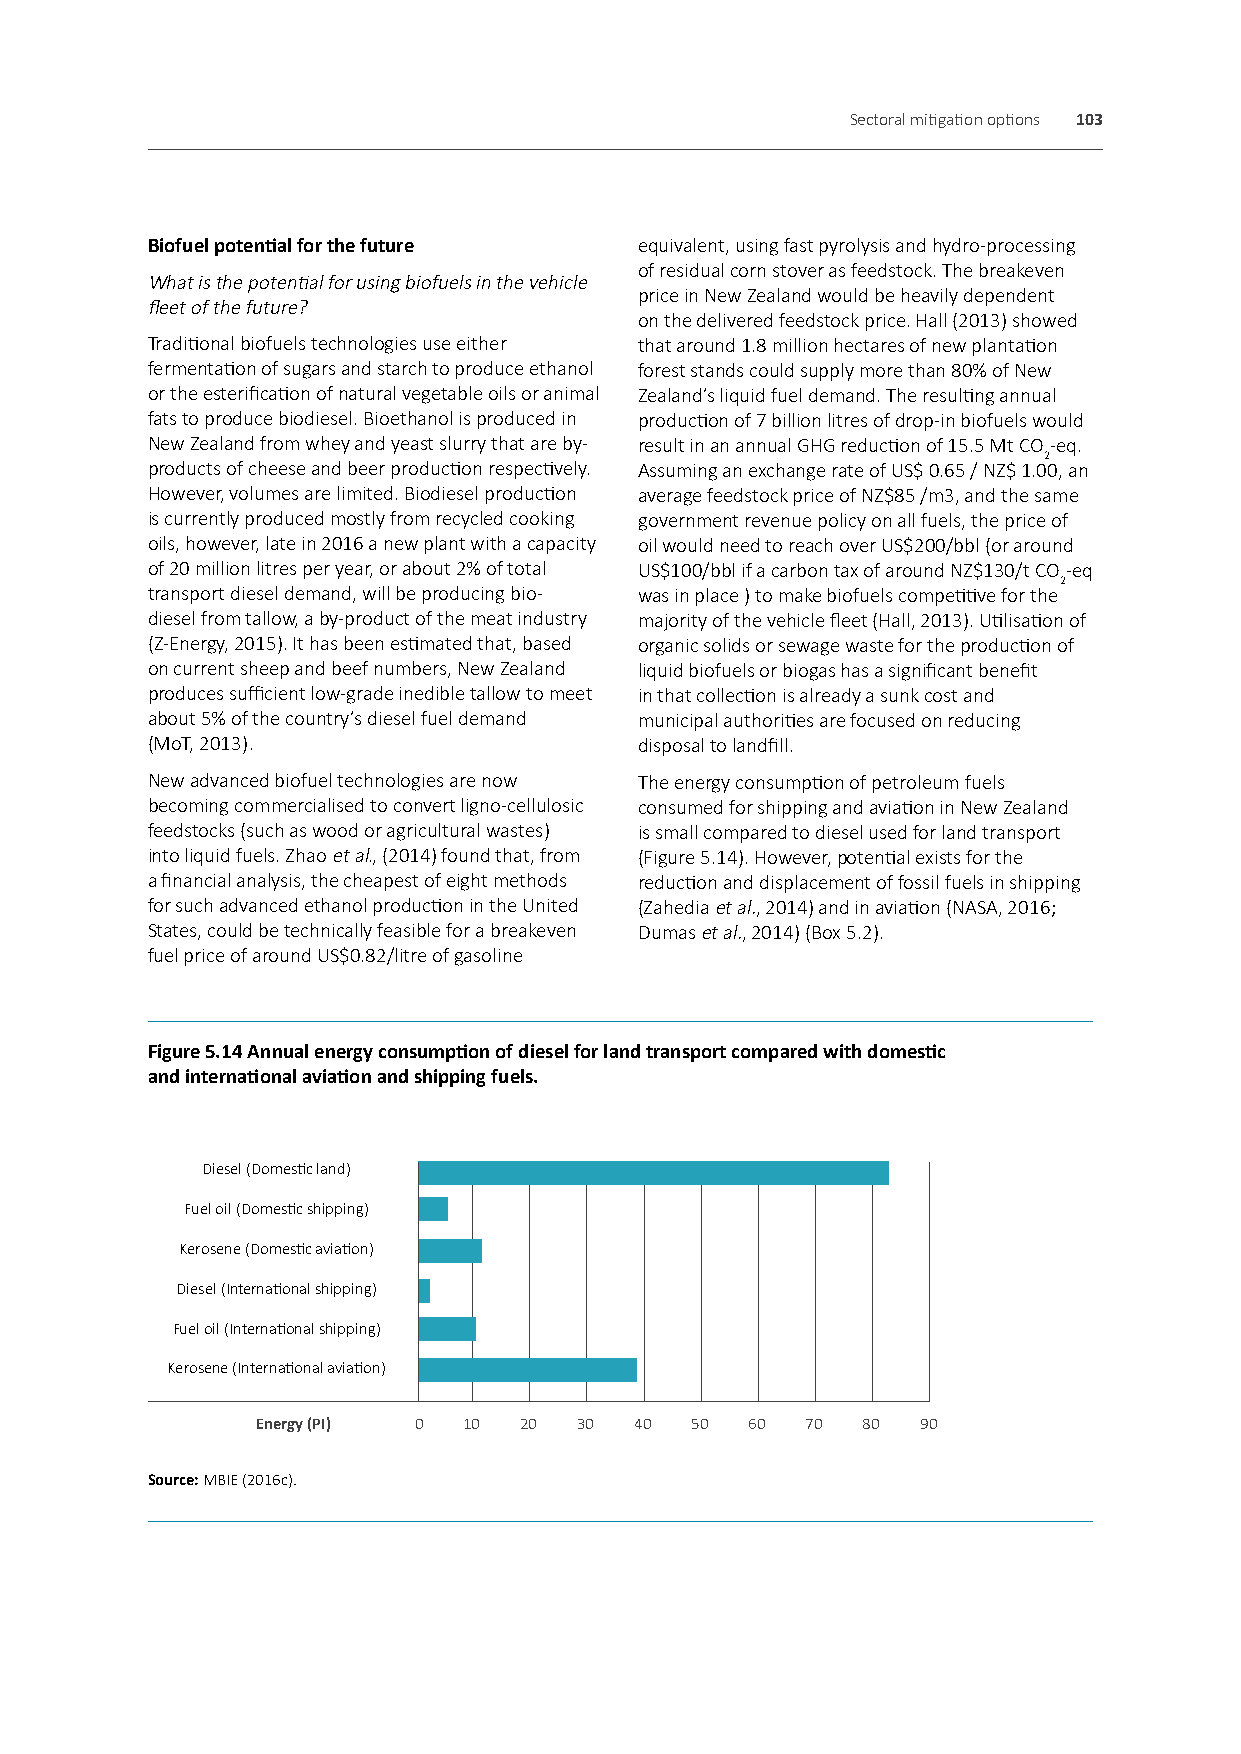
Sectoral mitigation options 103
 Biofuel potential for the future equivalent, using fast pyrolysis and hydro-processing
 of residual corn stover as feedstock. The breakeven
 What is the potential for using biofuels in the vehicle
 price in New Zealand would be heavily dependent
 fleet of the future?
 on the delivered feedstock price. Hall (2013) showed
 Traditional biofuels technologies use either that around 1.8 million hectares of new plantation
 fermentation of sugars and starch to produce ethanol forest stands could supply more than 80% of New
 or the esterification of natural vegetable oils or animal Zealand’s liquid fuel demand. The resulting annual
 fats to produce biodiesel. Bioethanol is produced in production of 7 billion litres of drop-in biofuels would
 New Zealand from whey and yeast slurry that are by- result in an annual GHG reduction of 15.5 Mt CO-eq.
 2
 products of cheese and beer production respectively. Assuming an exchange rate of US$ 0.65 / NZ$ 1.00, an
 However, volumes are limited. Biodiesel production average feedstock price of NZ$85 /m3, and the same
 is currently produced mostly from recycled cooking government revenue policy on all fuels, the price of
 oils, however, late in 2016 a new plant with a capacity oil would need to reach over US$200/bbl (or around
 of 20 million litres per year, or about 2% of total US$100/bbl if a carbon tax of around NZ$130/t CO-eq
 2
 transport diesel demand, will be producing bio- was in place ) to make biofuels competitive for the
 diesel from tallow, a by-product of the meat industry majority of the vehicle fleet (Hall, 2013). Utilisation of
 (Z-Energy, 2015). It has been estimated that, based organic solids or sewage waste for the production of
 on current sheep and beef numbers, New Zealand liquid biofuels or biogas has a significant benefit
 produces sufficient low-grade inedible tallow to meet in that collection is already a sunk cost and
 about 5% of the country’s diesel fuel demand municipal authorities are focused on reducing
 (MoT, 2013).                    disposal to landfill.
 New advanced biofuel technologies are now The energy consumption of petroleum fuels
 becoming commercialised to convert ligno-cellulosic consumed for shipping and aviation in New Zealand
 feedstocks (such as wood or agricultural wastes) is small compared to diesel used for land transport
 into liquid fuels. Zhao et al., (2014) found that, from (Figure 5.14). However, potential exists for the
 a financial analysis, the cheapest of eight methods reduction and displacement of fossil fuels in shipping
 for such advanced ethanol production in the United (Zahedia et al., 2014) and in aviation (NASA, 2016;
 States, could be technically feasible for a breakeven Dumas et al., 2014) (Box 5.2).
 fuel price of around US$0.82/litre of gasoline
 Figure 5.14 Annual energy consumption of diesel for land transport compared with domestic
 and international aviation and shipping fuels.
 Diesel (Domestic land)
 Fuel oil (Domestic shipping)
 Kerosene (Domestic aviation)
 Diesel (International shipping)
 Fuel oil (International shipping)
 Kerosene (International aviation)
 Energy (PI) 0 10 20  30  40  50  60 70  80  90
 Source: MBIE (2016c).